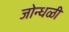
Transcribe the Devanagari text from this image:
जोन्धळी